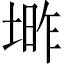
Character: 𱗑